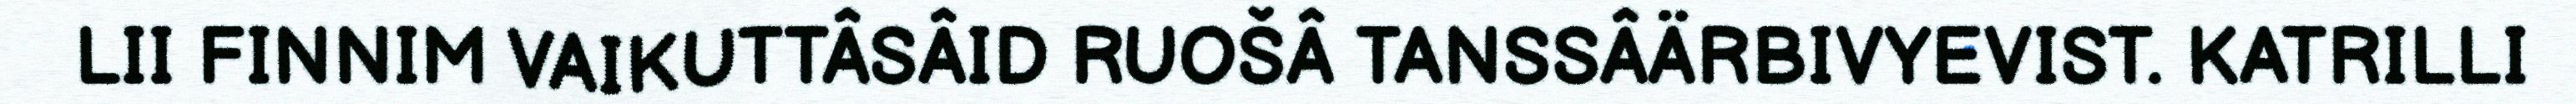
LII FINNIM VAIKUTTÂSÂID RUOŠÂ TANSSÂÄRBIVYEVIST. KATRILLI